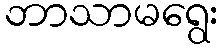
ဘာသာမရွေး